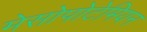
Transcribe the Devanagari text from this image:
मेसोपोटेमियन